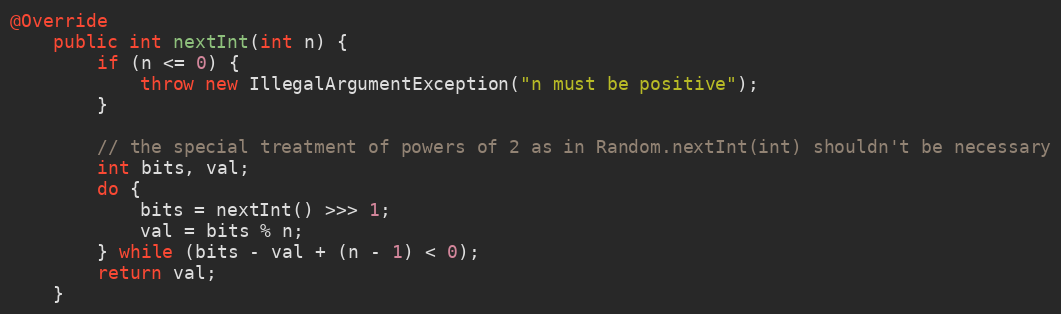
Language: Java
@Override
    public int nextInt(int n) {
        if (n <= 0) {
            throw new IllegalArgumentException("n must be positive");
        }

        // the special treatment of powers of 2 as in Random.nextInt(int) shouldn't be necessary
        int bits, val;
        do {
            bits = nextInt() >>> 1;
            val = bits % n;
        } while (bits - val + (n - 1) < 0);
        return val;
    }